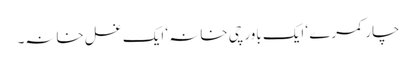
چار کمرے ‘ ایک باورچی خانہ ‘ ایک غسل خانہ۔